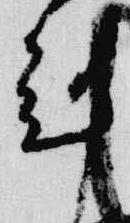
剋